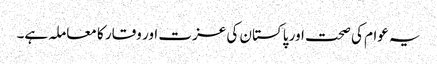
یہ عوام کی صحت اور پاکستان کی عزت اور وقار کا معاملہ ہے۔